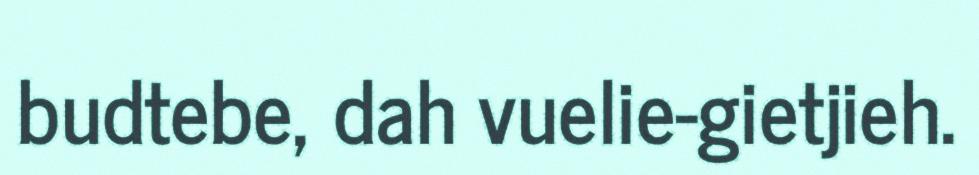
budtebe, dah vuelie-gietjieh.